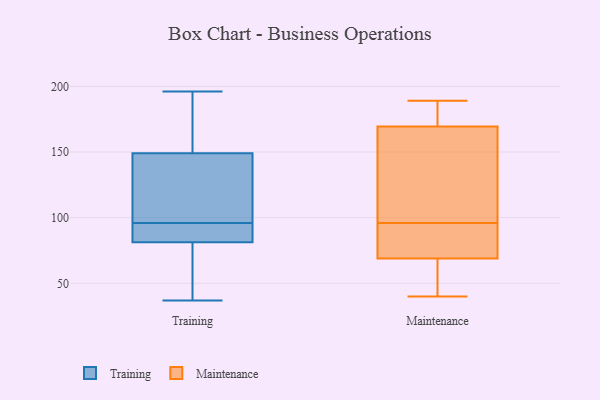
{"axis": {"x": "Latency (ms)", "y": "Value"}, "legend": ["Maintenance", "Training"], "data": [{"x": "", "y": 195, "type": "Training"}, {"x": "", "y": 76, "type": "Training"}, {"x": "", "y": 62, "type": "Training"}, {"x": "", "y": 196, "type": "Training"}, {"x": "", "y": 184, "type": "Training"}, {"x": "", "y": 56, "type": "Training"}, {"x": "", "y": 136, "type": "Training"}, {"x": "", "y": 83, "type": "Training"}, {"x": "", "y": 87, "type": "Training"}, {"x": "", "y": 130, "type": "Training"}, {"x": "", "y": 96, "type": "Training"}, {"x": "", "y": 140, "type": "Training"}, {"x": "", "y": 37, "type": "Training"}, {"x": "", "y": 176, "type": "Training"}, {"x": "", "y": 93, "type": "Training"}, {"x": "", "y": 127, "type": "Training"}, {"x": "", "y": 93, "type": "Training"}, {"x": "", "y": 124, "type": "Maintenance"}, {"x": "", "y": 96, "type": "Maintenance"}, {"x": "", "y": 96, "type": "Maintenance"}, {"x": "", "y": 171, "type": "Maintenance"}, {"x": "", "y": 85, "type": "Maintenance"}, {"x": "", "y": 189, "type": "Maintenance"}, {"x": "", "y": 40, "type": "Maintenance"}, {"x": "", "y": 79, "type": "Maintenance"}, {"x": "", "y": 59, "type": "Maintenance"}, {"x": "", "y": 185, "type": "Maintenance"}, {"x": "", "y": 168, "type": "Maintenance"}, {"x": "", "y": 41, "type": "Maintenance"}]}